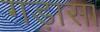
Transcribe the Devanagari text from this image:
गड़ासा